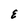
Character: E